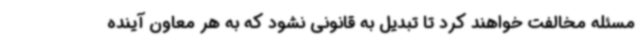
مسئله مخالفت خواهند کرد تا تبدیل به قانونی نشود که به هر معاون آینده